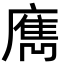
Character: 𢋄